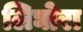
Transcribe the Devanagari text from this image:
लिघोरा